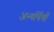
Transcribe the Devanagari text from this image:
अभ्यर्थियोँ